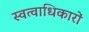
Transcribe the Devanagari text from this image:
स्वत्वाधिकारों